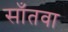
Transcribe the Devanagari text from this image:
साँतवा